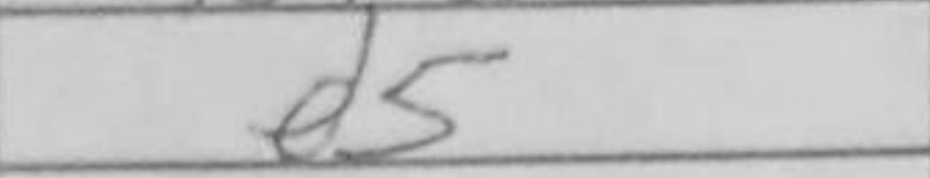
Transcription: d5